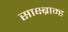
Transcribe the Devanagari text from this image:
साक्ष्ब्राम्ह